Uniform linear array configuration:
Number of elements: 8
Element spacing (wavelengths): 0.5
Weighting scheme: hamming
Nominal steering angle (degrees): -45
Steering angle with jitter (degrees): -43.322
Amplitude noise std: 0.05
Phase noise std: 0.05

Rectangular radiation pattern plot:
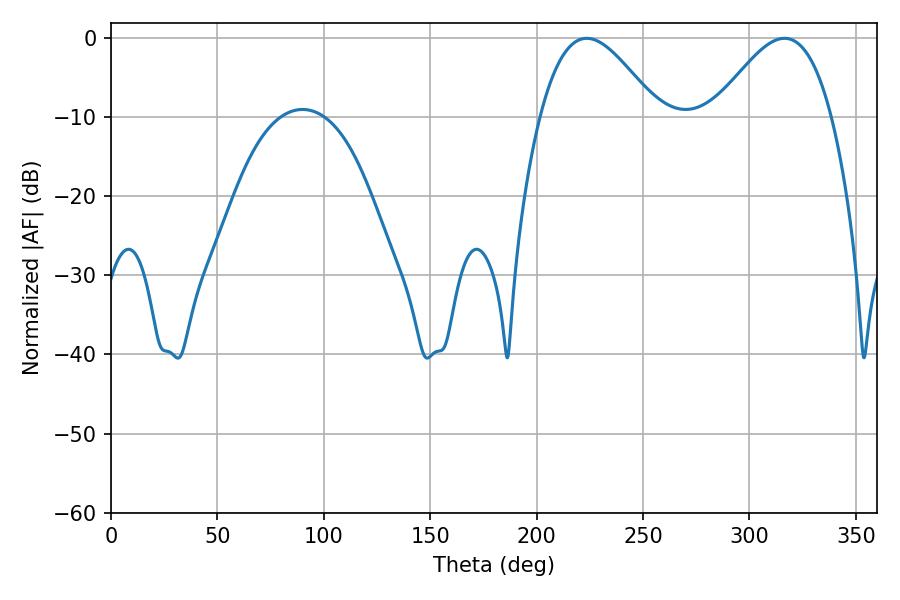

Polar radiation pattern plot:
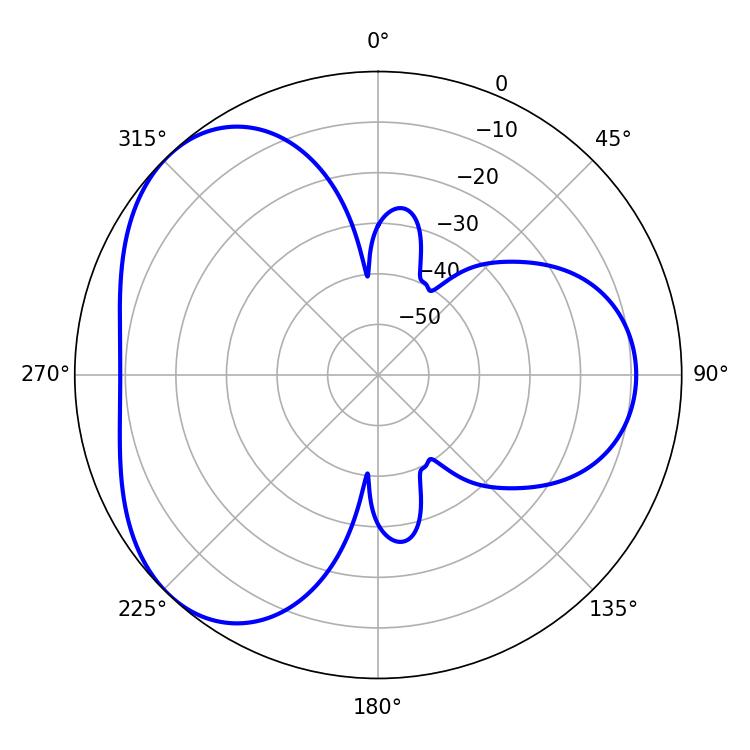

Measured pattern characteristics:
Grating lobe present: FALSE
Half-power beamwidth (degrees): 29.7
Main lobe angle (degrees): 223.56